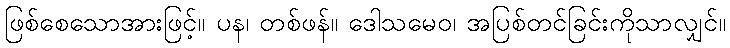
ဖြစ်စေသောအားဖြင့်။ ပန၊ တစ်ဖန်။ ဒေါသမေဝ၊ အပြစ်တင်ခြင်းကိုသာလျှင်။